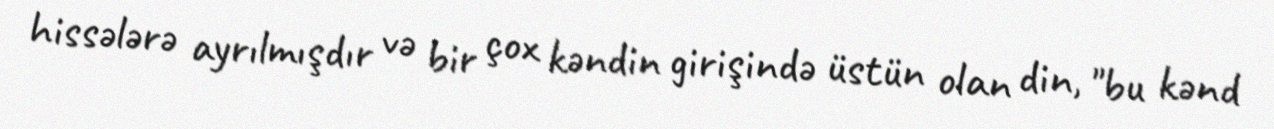
hissələrə ayrılmışdır və bir çox kəndin girişində üstün olan din, "bu kənd